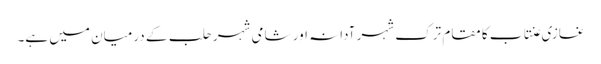
غازی عنتاب کا مقام ترک شہر آدانہ اور شامی شہر حلب کے درمیان میں ہے۔